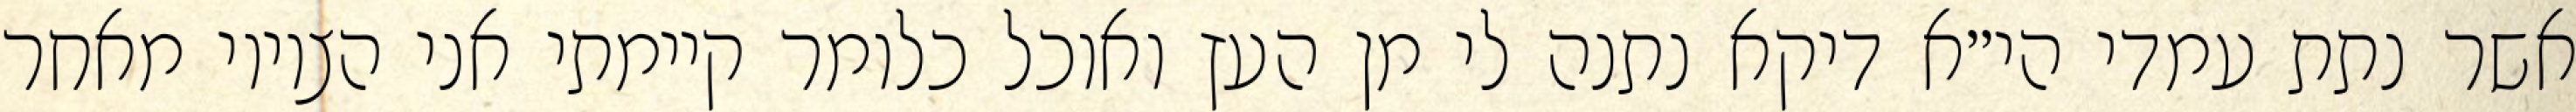
אשר נתת עמדי הי״א דיקא נתנה לי מן העץ ואוכל כלומר קיימתי אני הציווי מאחר